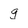
Character: g